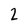
Character: 2